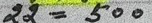
22 = 500